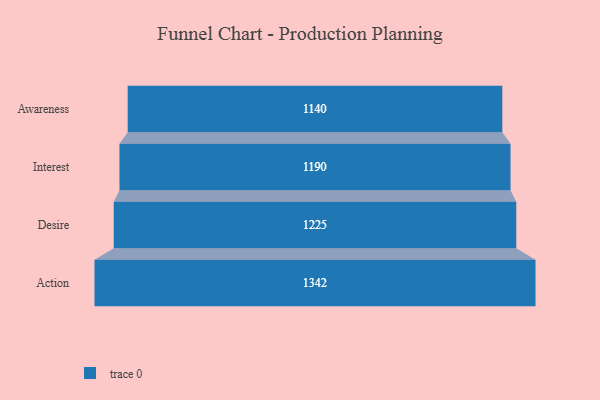
{"axis": {"x": "Stage", "y": "Value"}, "legend": [""], "data": [{"x": "Awareness", "y": 1140.0, "type": ""}, {"x": "Interest", "y": 1190.0, "type": ""}, {"x": "Desire", "y": 1225.0, "type": ""}, {"x": "Action", "y": 1342.0, "type": ""}]}